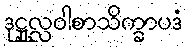
ဒုဋ္ဌုလ္လဝါစာသိက္ခာပဒံ